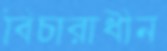
বিচারাধীন